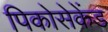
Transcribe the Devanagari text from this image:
पिकोसेकेंड